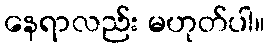
နေရာလည်း မဟုတ်ပါ။